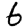
Digit: 6